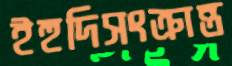
ইহুদিসংক্রান্ত